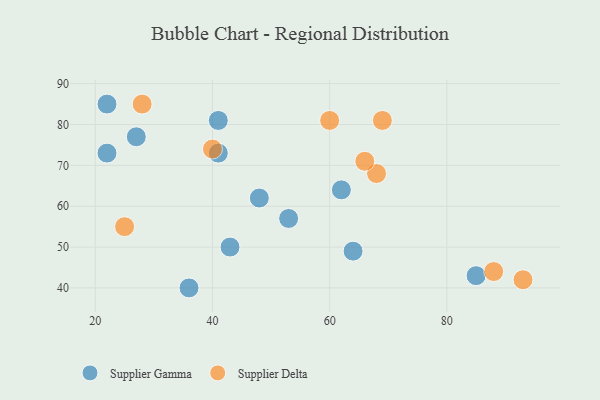
{"axis": {"x": "GDP", "y": "Life Expectancy"}, "legend": ["Supplier Delta", "Supplier Gamma"], "data": [{"x": "53", "y": 57, "type": "Supplier Gamma"}, {"x": "85", "y": 43, "type": "Supplier Gamma"}, {"x": "22", "y": 73, "type": "Supplier Gamma"}, {"x": "27", "y": 77, "type": "Supplier Gamma"}, {"x": "48", "y": 62, "type": "Supplier Gamma"}, {"x": "22", "y": 85, "type": "Supplier Gamma"}, {"x": "64", "y": 49, "type": "Supplier Gamma"}, {"x": "41", "y": 73, "type": "Supplier Gamma"}, {"x": "62", "y": 64, "type": "Supplier Gamma"}, {"x": "43", "y": 50, "type": "Supplier Gamma"}, {"x": "41", "y": 81, "type": "Supplier Gamma"}, {"x": "36", "y": 40, "type": "Supplier Gamma"}, {"x": "28", "y": 85, "type": "Supplier Delta"}, {"x": "93", "y": 42, "type": "Supplier Delta"}, {"x": "69", "y": 81, "type": "Supplier Delta"}, {"x": "88", "y": 44, "type": "Supplier Delta"}, {"x": "40", "y": 74, "type": "Supplier Delta"}, {"x": "68", "y": 68, "type": "Supplier Delta"}, {"x": "25", "y": 55, "type": "Supplier Delta"}, {"x": "66", "y": 71, "type": "Supplier Delta"}, {"x": "60", "y": 81, "type": "Supplier Delta"}]}